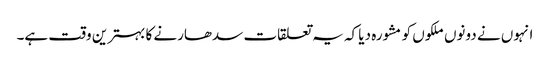
انہوں نے دونوں ملکوں کو مشورہ دیا کہ یہ تعلقات سدھارنے کا بہترین وقت ہے۔